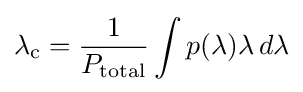
\lambda _{\text{c}}={\frac {1}{P_{\text{total}}}}\int p(\lambda )\lambda \,d\lambda